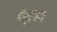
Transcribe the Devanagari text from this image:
वर्लग